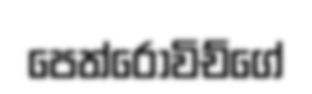
පෙත්රොවිච්ගේ